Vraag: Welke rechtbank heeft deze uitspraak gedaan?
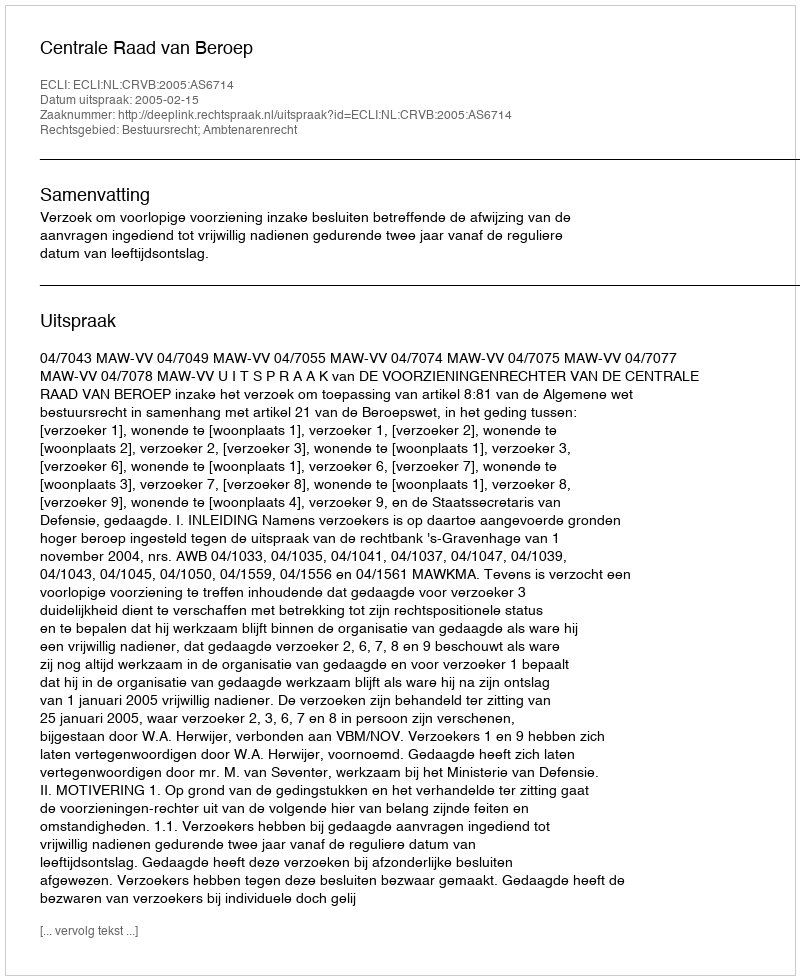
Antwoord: Centrale Raad van Beroep